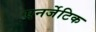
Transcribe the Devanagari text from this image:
एनर्जेटिक